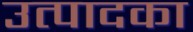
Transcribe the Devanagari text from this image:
उत्पादका